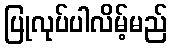
ပြုလုပ်ပါလိမ့်မည်